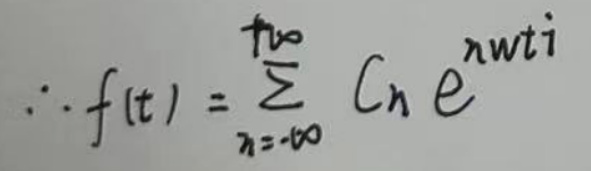
\[
\therefore f(t)=\sum_{n = -\infty}^{+\infty} C_n e^{in\omega t}
\]